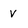
Character: v